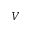
V